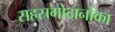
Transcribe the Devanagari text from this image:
सहस्रगोदानोंका